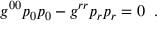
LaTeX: g ^ { 0 0 } p _ { 0 } p _ { 0 } - g ^ { r r } p _ { r } p _ { r } = 0 \; \; .